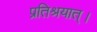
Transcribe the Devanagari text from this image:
प्रतिश्रयात्।